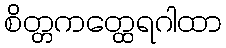
စိတ္တကတ္ထေရဂါထာ